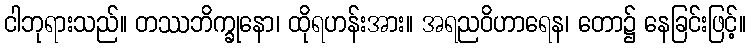
ငါဘုရားသည်။ တဿဘိက္ခုနော၊ ထိုရဟန်းအား။ အရညဝိဟာရေန၊ တော၌ နေခြင်းဖြင့်။